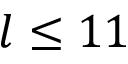
l \leq 1 1